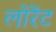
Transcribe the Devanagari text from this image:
लोरेंट